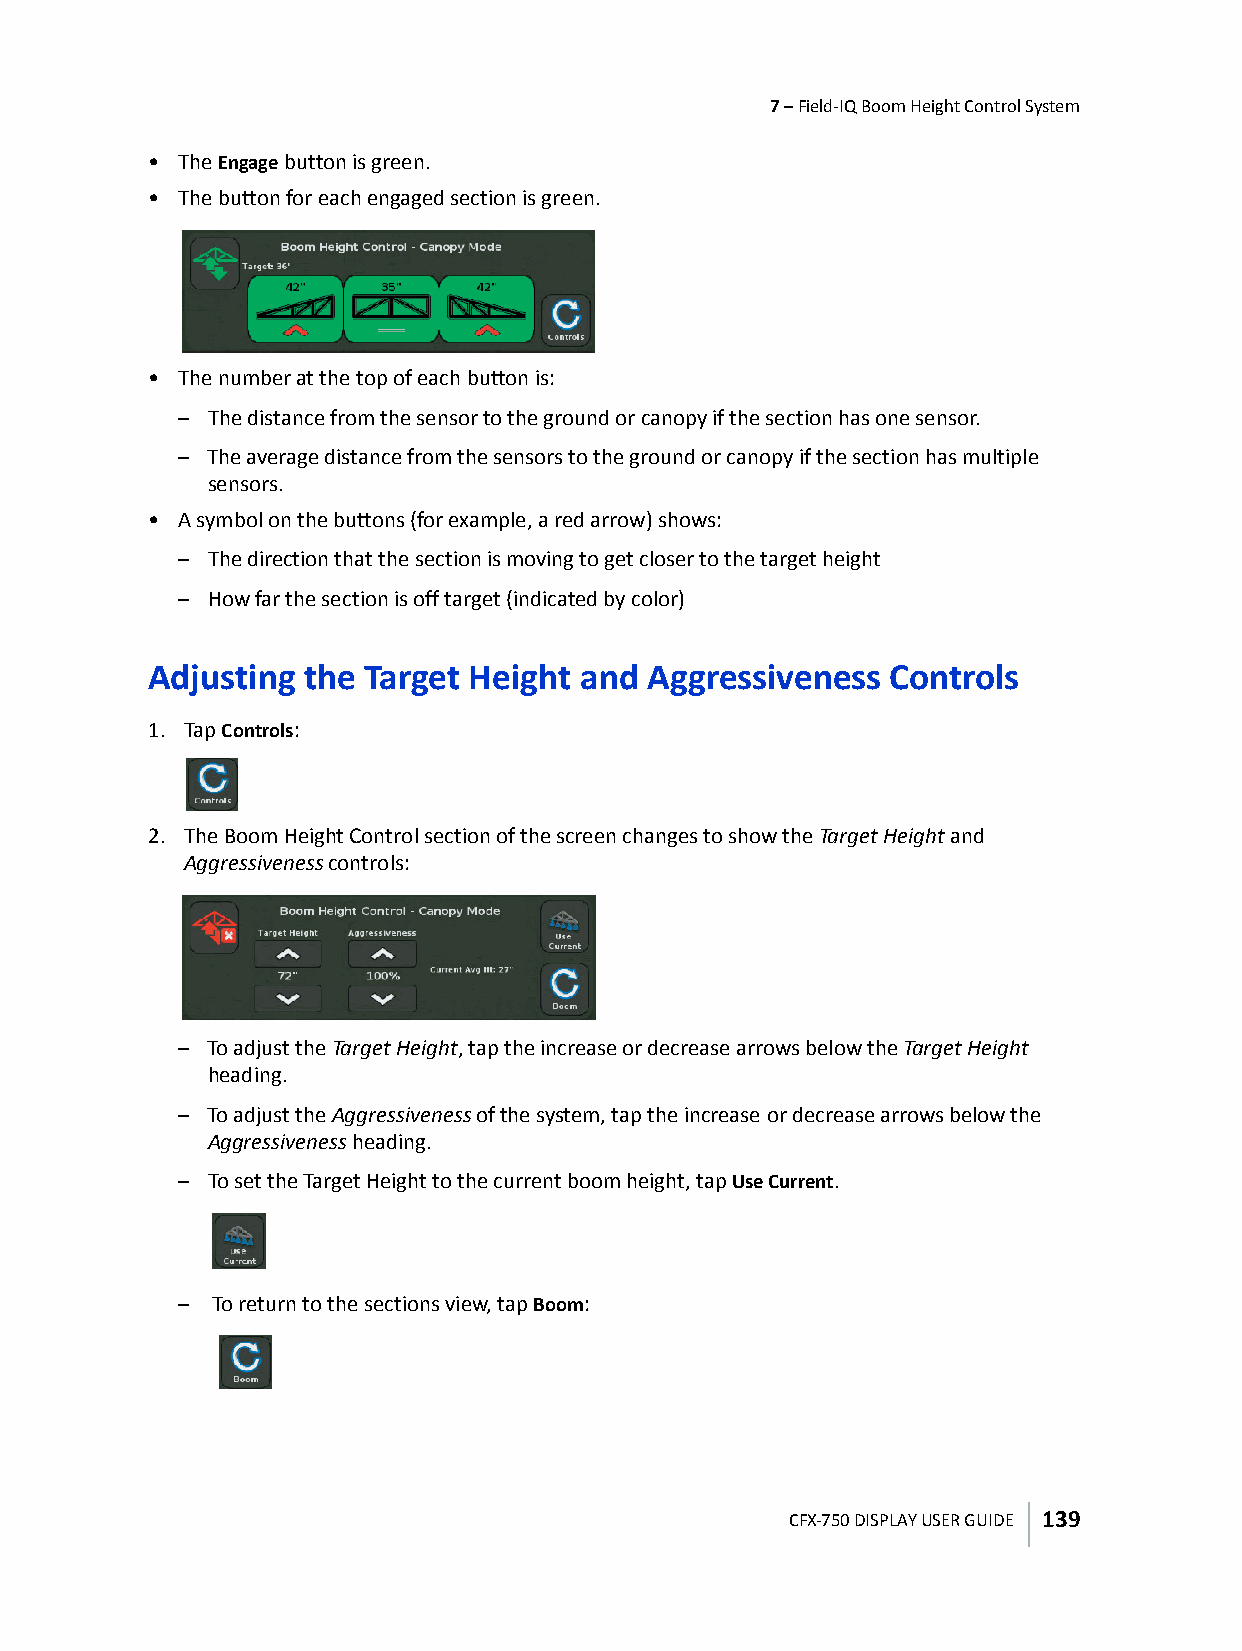
7 – Field-IQ Boom Height Control System
 • The Engage button is green.
 • The button for each engaged section is green.
 • The number at the top of each button is:
 – The distance from the sensor to the ground or canopy if the section has one sensor.
 – The average distance from the sensors to the ground or canopy if the section has multiple
 sensors.
 • A symbol on the buttons (for example, a red arrow) shows:
 – The direction that the section is moving to get closer to the target height
 – How far the section is off target (indicated by color)
 Adjusting the Target Height and  Aggressiveness  Controls
 1. Tap Controls:
 2. The Boom Height Control section of the screen changes to show the Target Height and
 Aggressiveness controls:
 – To adjust the Target Height, tap the increase or decrease arrows below the Target Height
 heading.
 – To adjust the Aggressiveness of the system, tap the increase or decrease arrows below the
 Aggressiveness heading.
 – To set the Target Height to the current boom height, tap Use Current.
 – To return to the sections view, tap Boom:
 CFX-750 DISPLAY USER GUIDE 139